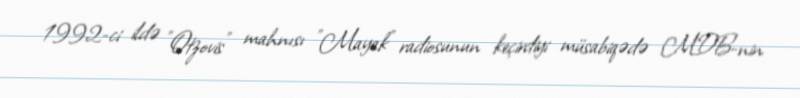
1992-ci ildə "Otzovis" mahnısı "Mayak" radiosunun keçirdiyi müsabiqədə MDB-nin